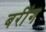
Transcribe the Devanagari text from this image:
बरींग